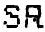
SR